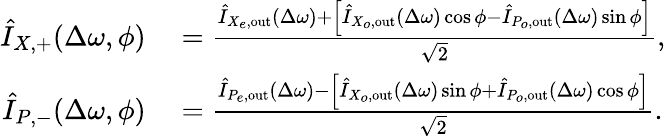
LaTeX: \begin{array}{rl}{\hat{I}_{X,+}(\Delta\omega,\phi)}&{{}=\frac{\hat{I}_{X_{e},\mathrm{out}}(\Delta\omega)+\left[\hat{I}_{X_{o},\mathrm{out}}(\Delta\omega)\cos\phi-\hat{I}_{P_{o},\mathrm{out}}(\Delta\omega)\sin\phi\right]}{\sqrt{2}},}\\ {\hat{I}_{P,-}(\Delta\omega,\phi)}&{{}=\frac{\hat{I}_{P_{e},\mathrm{out}}(\Delta\omega)-\left[\hat{I}_{X_{o},\mathrm{out}}(\Delta\omega)\sin\phi+\hat{I}_{P_{o},\mathrm{out}}(\Delta\omega)\cos\phi\right]}{\sqrt{2}}.}\end{array}